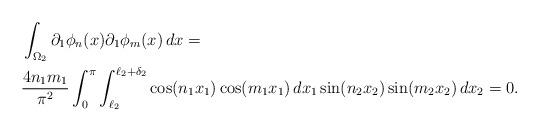
LaTeX: \begin{align*}&\int_{\Omega_{2}}\partial_{1}\phi_{n}(x)\partial_{1}\phi_{m}(x)\,dx =& \\&{4n_{1}m_{1} \over \pi^2}\int_{0}^\pi\int_{\ell_{2}}^{\ell_{2}+\delta_{2}}\cos(n_{1}x_{1})\cos(m_{1}x_{1})\, dx_{1}\sin(n_{2}x_{2})\sin(m_{2}x_{2})\, dx_{2} = 0.\end{align*}